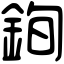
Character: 銁